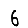
Digit: 6